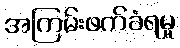
အကြမ်းဖက်ခံရမှု